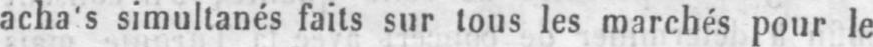
simultanés faits sur tous les marchés pour le